Annual administration report of the Civil Veterinary Department of India - 1908-1909
Year: 1908
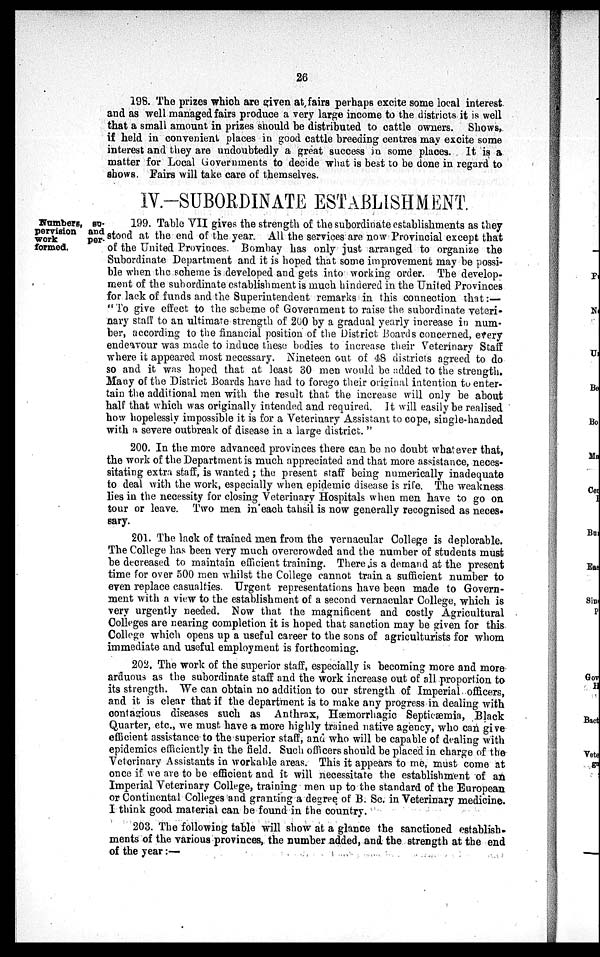
26
198. The prizes which are given at fairs perhaps excite some local interest
and as well managed fairs produce a very large income to the districts it is well
that a small amount in prizes should be distributed to cattle owners. Shows,
if held in convenient places in good cattle breeding centres may excite some
interest and they are undoubtedly a great success in some places. It is a
matter for Local Governments to decide what is best to be done in regard to
shows. Fairs will take care of themselves.
IV.-SUBORDINATE ESTABLISHMENT.
Numbers, su-
pervision and
work
per-
formed.
199. Table VII gives the strength of the subordinate establishments as they
stood at the end of the year. All the services are now Provincial except that
of the United Provinces. Bombay has only just arranged to organize the
Subordinate Department and it is hoped that some improvement may be possi-
ble when the scheme is developed and gets into working order. The develop-
ment of the subordinate establishment is much hindered in the United Provinces
for lack of funds and the Superintendent remarks in this connection that:—
"To give effect to the scheme of Government to raise the subordinate veteri-
nary staff to an ultimate strength of 200 by a gradual yearly increase in num-
ber, according to the financial position of the District Boards concerned, every
endeavour was made to induce these bodies to increase their Veterinary Staff
where it appeared most necessary. Nineteen out of 48 districts agreed to do
so and it was hoped that at least 30 men would be added to the strength.
Many of the District Boards have had to forego their original intention to enter-
tain the additional men with the result that the increase will only be about
half that which was originally intended and required. It will easily be realised
how hopelessly impossible it is for a Veterinary Assistant to cope, single-handed
with a severe outbreak of disease in a large district."
200. In the more advanced provinces there can be no doubt whatever that,
the work of the Department is much appreciated and that more assistance, neces-
sitating extra staff, is wanted; the present staff being numerically inadequate
to deal with the work, especially when epidemic disease is rife. The weakness
lies in the necessity for closing Veterinary Hospitals when men have to go on
tour or leave. Two men in each tahsil is now generally recognised as neces-
sary.
201. The lack of trained men from the vernacular College is deplorable.
The College has been very much overcrowded and the number of students must
be decreased to maintain efficient training. There is a demand at the present
time for over 500 men whilst the College cannot train a sufficient number to
even replace casualties. Urgent representations have been made to Govern-
ment with a view to the establishment of a second vernacular College, which is
very urgently needed. Now that the magnificent and costly Agricultural
Colleges are nearing completion it is hoped that sanction may be given for this
College which opens up a useful career to the sons of agriculturists for whom
immediate and useful employment is forthcoming.
202. The work of the superior staff, especially is becoming more and more
arduous as the subordinate staff and the work increase out of all proportion to
its strength. We can obtain no addition to our strength of Imperial officers,
and it is clear that if the department is to make any progress in dealing with
contagious diseases such as Anthrax, Hæmorrhagic Septicaemia, Black
Quarter, etc., we must have a more highly trained native agency, who can give
efficient assistance to the superior staff, and who will be capable of dealing with
epidemics efficiently in the field. Such officers should be placed in charge of the
Veterinary Assistants in workable areas. This it appears to me, must come at
once if we are to be efficient and it will necessitate the establishment of an
Imperial Veterinary College, training men up to the standard of the European
or Continental Colleges and granting a degree of B. Sc. in Veterinary medicine.
I think good material can be found in the country.
203. The following table will show at a glance the sanctioned establish-
ments of the various provinces, the number added, and the strength at the end
of the year:—